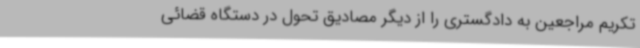
تکریم مراجعین به دادگستری را از دیگر مصادیق تحول در دستگاه قضائی